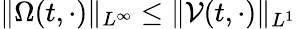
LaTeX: \| \Omega(t,\cdot)\| _{L^{\infty}}\leq\| \mathcal{V}(t,\cdot)\| _{L^{1}}